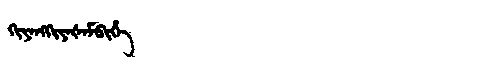
Manchu: ᡴᡳᠶᠠᠩᡴᡳᠶᠠᡧᠠᠮᠪᡳᡥᡝ
Romanization: KIYANGKIYAŠAMBIHE